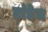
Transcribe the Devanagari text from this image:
टांडेम